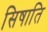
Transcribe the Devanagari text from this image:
सिषाति